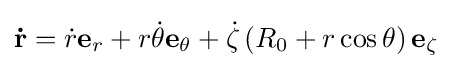
\mathbf {\dot {r}} ={\dot {r}}\mathbf {e} _{r}+r{\dot {\theta }}\mathbf {e} _{\theta }+{\dot {\zeta }}\left(R_{0}+r\cos \theta \right)\mathbf {e} _{\zeta }